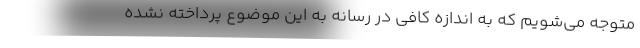
متوجه می‌شویم که به اندازه کافی در رسانه به این موضوع پرداخته نشده